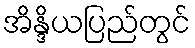
အိန္ဒိယပြည်တွင်